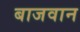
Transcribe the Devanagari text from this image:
बाजवान